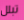
تبلل